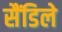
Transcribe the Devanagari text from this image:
सैंडिले